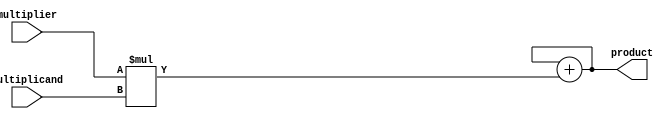
module sequential_booth_multiplier (
    input wire [31:0] multiplier,
    input wire [31:0] multiplicand,
    output reg [63:0] product
);

reg [31:0] booth_encoded_multiplier;
reg [31:0] booth_encoded_multiplicand;
reg [63:0] partial_product;
reg [63:0] accumulator;

// Booth encoder
always @* begin
    booth_encoded_multiplier = multiplier;
    booth_encoded_multiplicand = multiplicand;
end

// Multiplier
always @* begin
    partial_product = booth_encoded_multiplier * booth_encoded_multiplicand;
end

// Accumulator
always @* begin
    accumulator = accumulator + partial_product;
end

// Register file
always @* begin
    product = accumulator;
end

endmodule